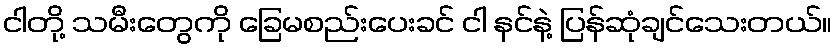
ငါတို့ သမီးတွေကို ခြေမစည်းပေးခင် ငါ နင်နဲ့ ပြန်ဆုံချင်သေးတယ်။